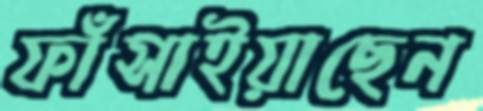
ফাঁসাইয়াছেন